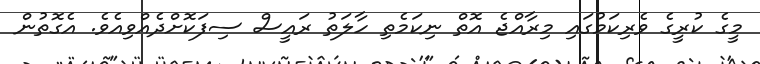
މީގެ ކުރީގެ ވެރިކަމުގައި މިރާއްޖެ އޮތް ނިކަމެތި ހާލަތު ރައީސް ސިފަކޮށްދެއްވިއެވެ. އެގޮތުން